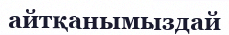
айтқанымыздай